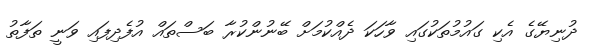
ދުނިޔޭގެ އެކި ގައުމުތަކުގައި ވާހަކަ ދެއްކުމަށް ބޭނުންކުރާ ބަސްތައް އުފެދިފައި ވަނީ ތަފާތު